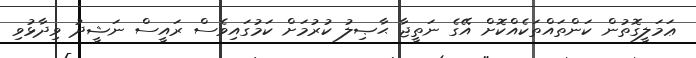
ޢަމަލީގޮތުން ކަންތައްތަކެއްކޮށް އޭގެ ނަތީޖާ ޙާޞިލު ކުރުމަށް ކަމުގައިވެސް ރައީސް ނަޝީދު ވިދާޅުވި